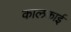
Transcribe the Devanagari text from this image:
कालकाई